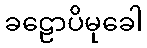
ခဠောပိမုခေါ